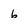
Character: 6